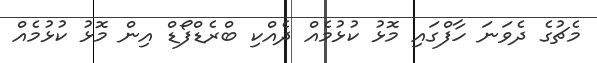
މެޗުގެ ދެވަނަ ހާފްގައި މޮޅު ކުޅުމެއް ދެއްކި ބްރެޑްފޯޑް އިން މޮޅު ކުޅުމެއް